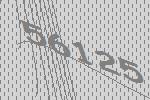
56125